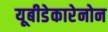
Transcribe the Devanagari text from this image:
यूबीडेकारेनोन